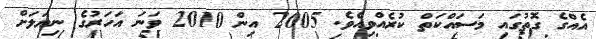
އެއްގެ ގޮތުގައި މަސައްކަތް ކުރެއްވިއެވެ. 2005 އިން 2010 ވަނަ އަހަރުގެ ނިޔަލަށް